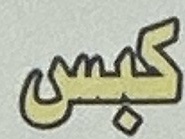
كبس